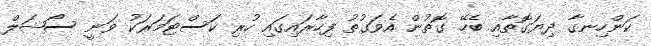
ކަންހިނގާ ދިޔަގޮތާއި ބެހޭ ގޮތުން އެވަގުތު ފިހާރައިގައި ހުރި ކަސްޓަމަރަކު ވަނީ ސޯޝަލް